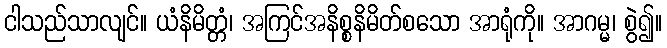
ငါသည်သာလျင်။ ယံနိမိတ္တံ၊ အကြင်အနိစ္စနိမိတ်စသော အာရုံကို။ အာဂမ္မ၊ စွဲ၍။